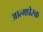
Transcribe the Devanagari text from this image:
आत्मप्रेरक